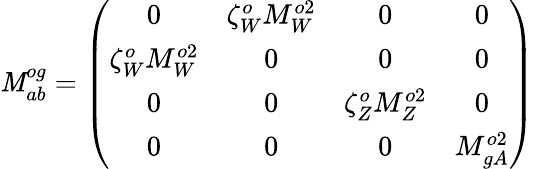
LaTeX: {\cal\mathit{M}}_{ab}^{og}=\left(\begin{array}{cccc}{{0}}&{{\zeta_{W}^{o}M_{W}^{o2}}}&{{0}}&{{0}}\\ {{\zeta_{W}^{o}M_{W}^{o2}}}&{{0}}&{{0}}&{{0}}\\ {{0}}&{{0}}&{{\zeta_{Z}^{o}M_{Z}^{o2}}}&{{0}}\\ {{0}}&{{0}}&{{0}}&{{M_{gA}^{o2}}}\end{array}\right)